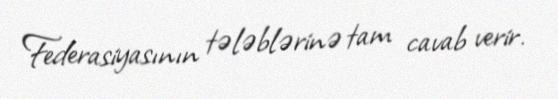
Federasiyasının tələblərinə tam cavab verir.